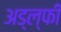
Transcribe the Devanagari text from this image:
अड्ल्फी